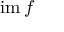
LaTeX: \operatorname { i m } f